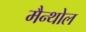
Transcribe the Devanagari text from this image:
मैन्थोल